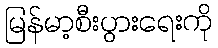
မြန်မာ့စီးပွားရေးကို